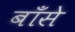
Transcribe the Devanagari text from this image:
बाँसे